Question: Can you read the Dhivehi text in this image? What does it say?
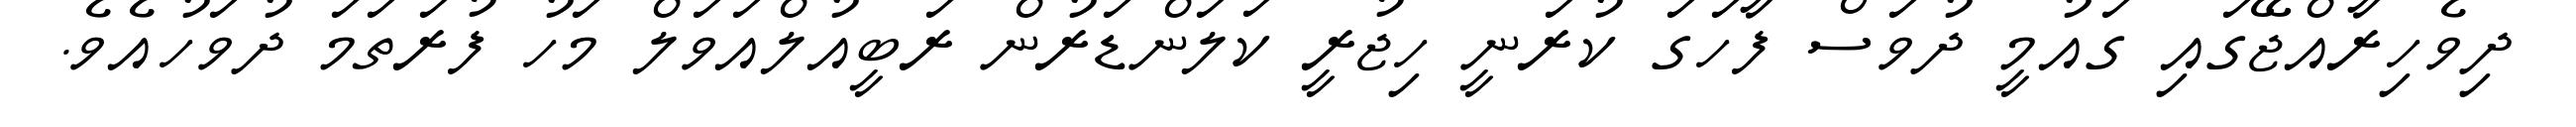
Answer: ދިވެހިރާއްޖޭގައި ގައުމީ ދުވަސް ފާހަގަ ކުރަނީ ހިޖުރީ ކަލަންޑަރުން ރަބީއުލްއަވަލް މަހު ފުރަތަމަ ދުވަހުއެވެ.